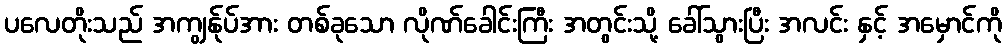
ပလေတိုးသည် အကျွန်ုပ်အား တစ်ခုသော လိုဏ်ခေါင်းကြီး အတွင်းသို့ ခေါ်သွားပြီး အလင်း နှင့် အမှောင်ကို